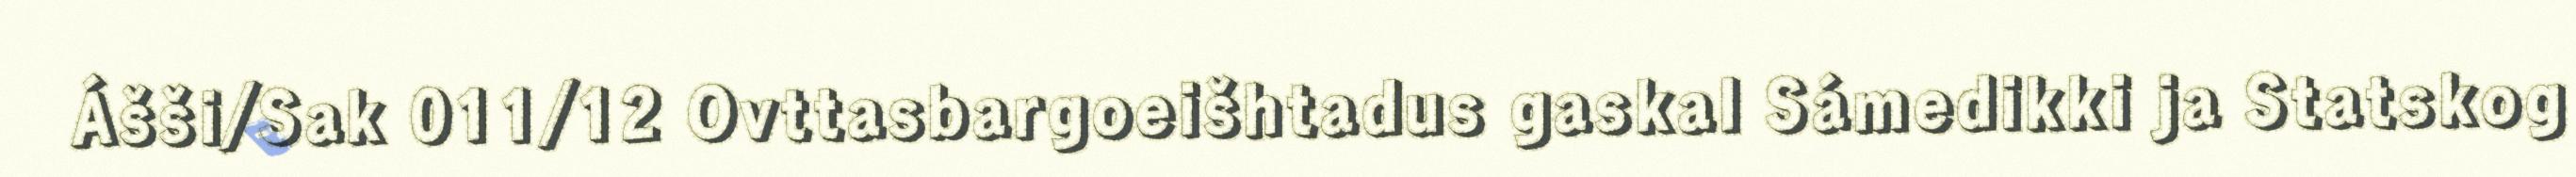
Ášši/Sak 011/12 Ovttasbargoeišhtadus gaskal Sámedikki ja Statskog